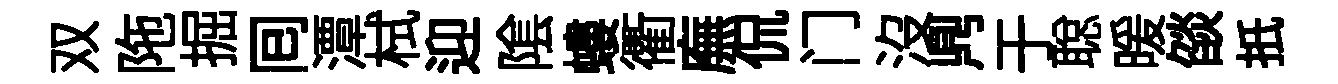
双陁掘囘潭栻迎隂螻衢廡侃门沒𪔂于聪暖燄扺